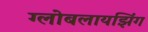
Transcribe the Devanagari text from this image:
ग्लोबलायझिंग